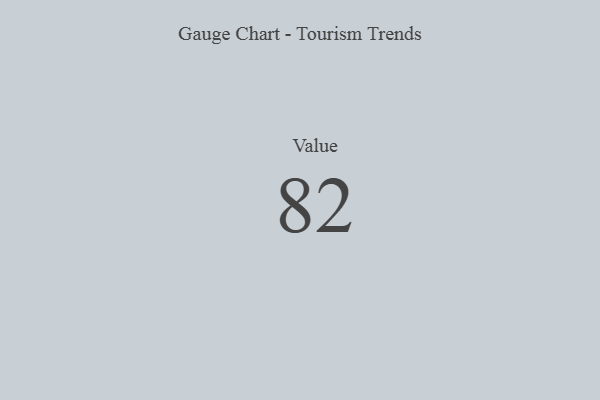
{"axis": {"x": "Metric", "y": "Value"}, "legend": [""], "data": [{"x": "Value", "y": 82, "type": ""}]}